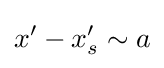
x'-x_{s}'\sim a